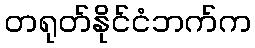
တရုတ်နိုင်ငံဘက်က